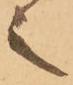
之